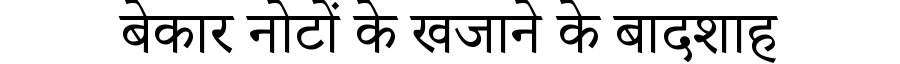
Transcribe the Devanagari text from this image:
बेकार नोटों के खजाने के बादशाह